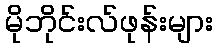
မိုဘိုင်းလ်ဖုန်းများ